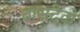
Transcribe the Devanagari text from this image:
वासदेवो